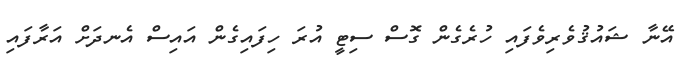
އޭނާ ޝައުޤުވެރިވެފައި ހުރެގެން ގޮސް ސިޓީ އުރަ ހިފައިގެން އައިސް އެނދަށް އަރާފައި